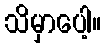
သိမှာပေါ့။